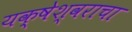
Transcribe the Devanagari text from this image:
यक्षेश्वराचा